Jaan_Tonisson_(Lasteleht), lk 166
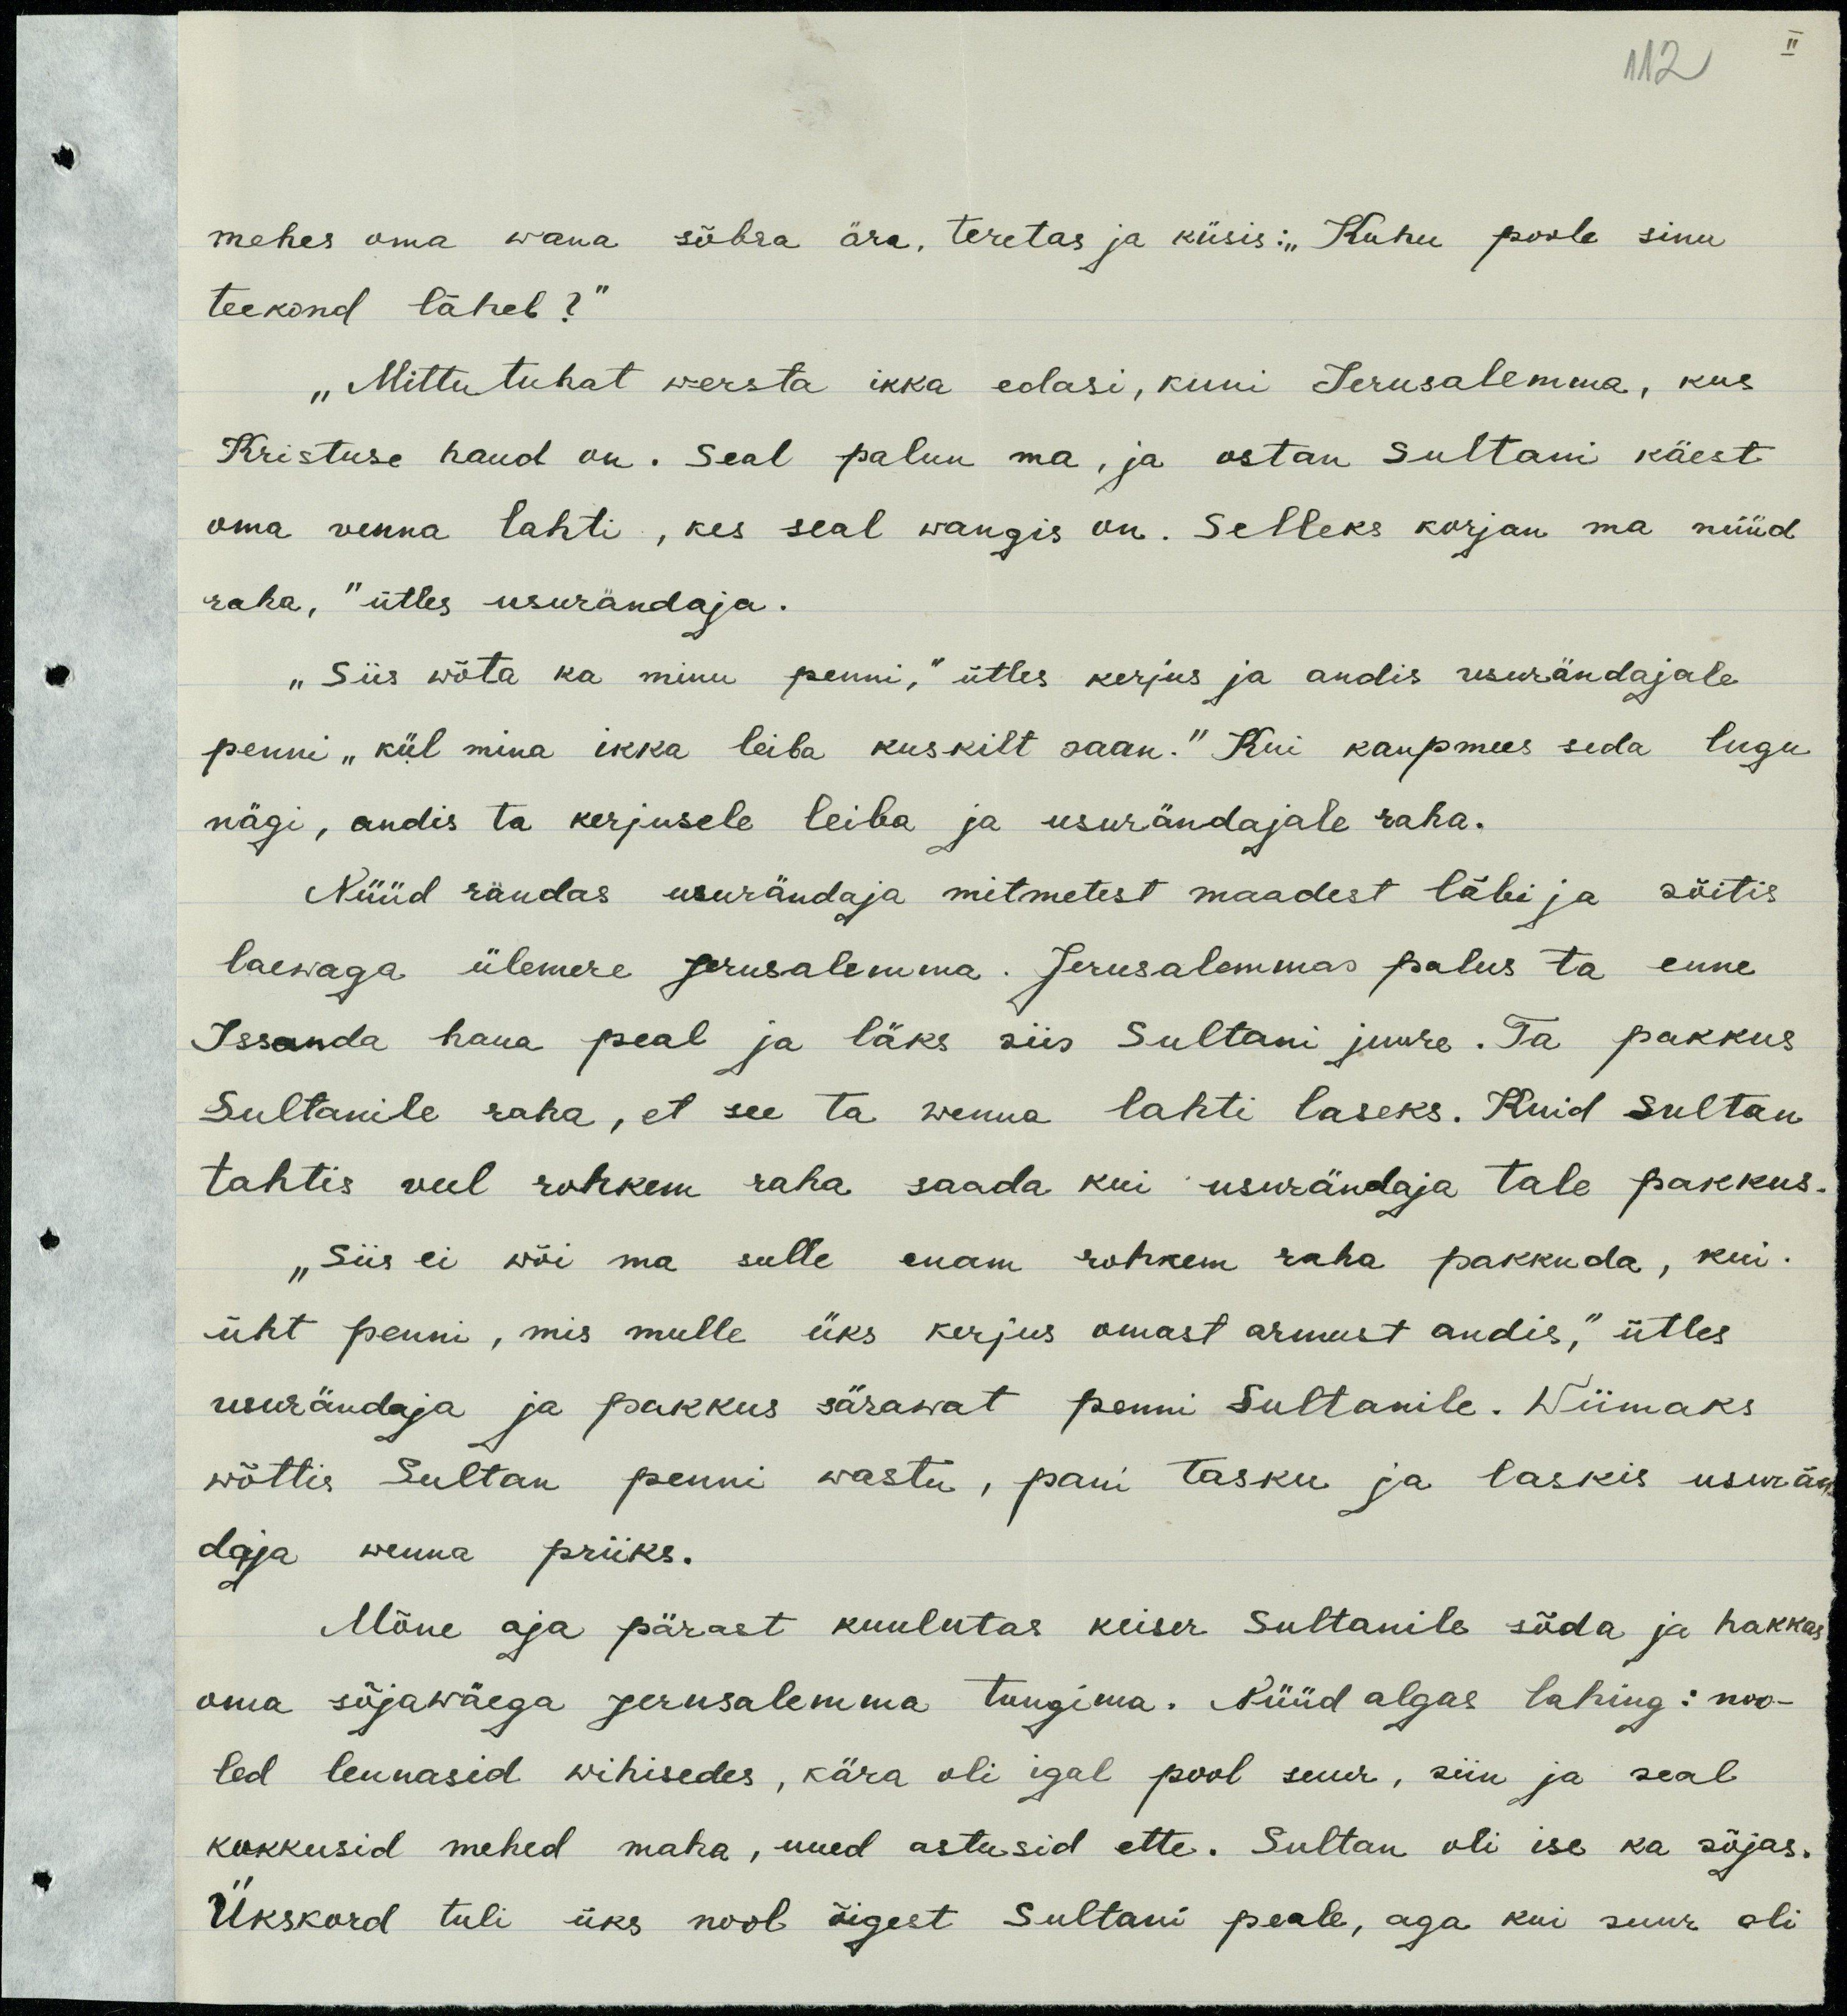
112
mehes oma wana sõbra ära, teretas ja küsis: "Kuhu peale sinu
teekond läheb?"
"mittutuhat wersta ikka edasi, kuni Jerusalemma, kus
Kristuse haud on. Seal palun ma, ja ostan Sultani käest
oma venna lahti, kes seal wangis on. Selleks korjan ma nüüd
raha," ütles usurändaja.
"Siis wõta ka minu penni," ütles kerjus ja andis usurändajale
penni "kül mina ikka leiba kuskilt saan." Kui kaupmees seda lugu
nägi, andis ta kerjusele leiba ja usurändajale raha.
Nüüd rändas usurändaja mitmetest maadest läbi ja sõitis
laewaga ülemere Jerusalemma. Jerusalemmas palus ta enne
Issanda haua peal ja läks siis Sultani juurde. Ta pakkus
Sultanile raha, et see ta wenna lahti laseks. Kuid Sultan
tahtis weel rohkem raha saada kui usurändaja tale pakkus.
"Siis ei wõi ma sulle enam rohkem raha pakkuda, kui
üht penni, mis mulle üks kerjus omast armust andis." ütles
usurändaja ja pakkus särawat penni Sultanile. Wiimaks
wõttis Sultan penni wastu, pani tasku ja laskis usurän-
daja wenna priiks.
Mõne aja pärast kuulutas keiser Sultanile sõda ja hakkas
oma sõjawäega Jerusalemma tungima. Nüüd algas lahing: noo-
led lendasid wihisedes, kära oli igal pool suur, siin ja seal
kukkusid mehed maha, uued astusid ette. Sultan oli ise ka sõjas.
Ükskord tuli üks nool õigest Sultani peale, aga kui suur oli